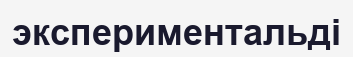
экспериментальді